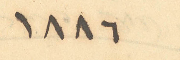
1886